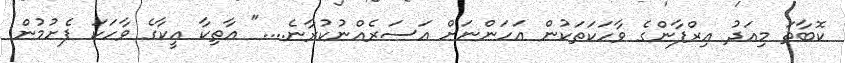
ކޮބާތަ މިއަދު އިރްފާންގެ ވާހަކަތަކުން އަހަންނަށް އަސަރެއްނުކުރާނެ...." އާތިކާ އީކާގެ ވާހަކަ ފެށުމުން